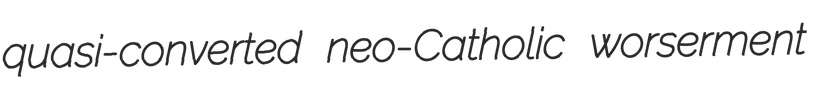
quasi-converted neo-Catholic worserment